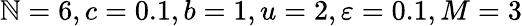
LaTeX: \mathbb{N}=6,c=0.1,b=1,u=2,\varepsilon=0.1,M=3